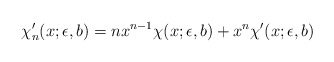
\begin{align*} \chi_n'(x;\epsilon,b) = nx^{n-1}\chi(x;\epsilon,b) + x^n\chi'(x;\epsilon,b)\end{align*}